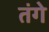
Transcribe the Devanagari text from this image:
तंगे